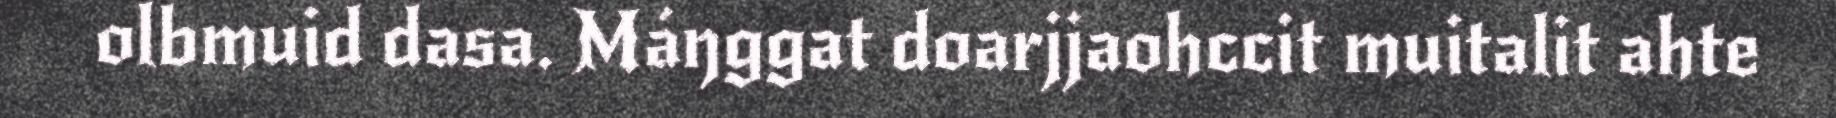
olbmuid dasa. Máŋggat doarjjaohccit muitalit ahte